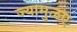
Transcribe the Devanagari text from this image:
ज्यामुळए